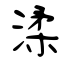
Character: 渘